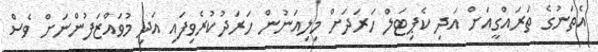
އެތަނުގެ ތަރައްގީއަށް އަދި ކެޕިޓަލް ހަރަދަށް މިލިއަނުން ހަރަދުކުރެވިފައި އަދި މުވައްޒަފުންނަށް ވެސް